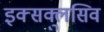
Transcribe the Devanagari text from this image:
इक्सक्लुसिव